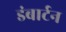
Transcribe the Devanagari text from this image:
डंबार्टन